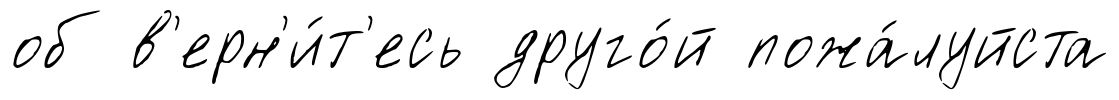
об в'ерн'и́т'есь друго́й пожа́луйста